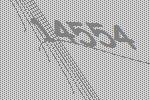
14554